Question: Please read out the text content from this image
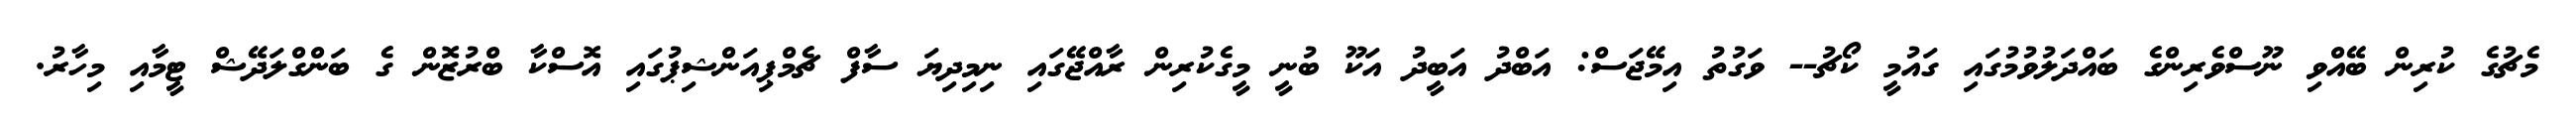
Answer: މެޗުގެ ކުރިން ބޭއްވި ނޫސްވެރިންގެ ބައްދަލުވުމުގައި ގައުމީ ކޯޗު-- ވަގުތު އިމޭޖަސް: އަބްދު އަބީދު އަކޫ ބުނީ މީގެކުރިން ރާއްޖޭގައި ނިމިދިޔަ ސާފް ޗެމްޕިއަންޝިޕުގައި އޮސްކާ ބްރުޒޮން ގެ ބަންގްލަދޭޝް ޓީމާއި މިހާރު.